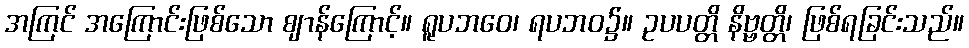
အကြင် အကြောင်းဖြစ်သော ဈာန်ကြောင့်။ ရူပဘဝေ၊ ရပဘဝ၌။ ဥပပတ္တိ နိဗ္ဗတ္တိ၊ ဖြစ်ရခြင်းသည်။